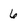
Character: 6